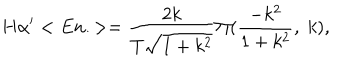
H \alpha ^ { \prime } < E n . > = \frac { 2 k } { T \sqrt { 1 + k ^ { 2 } } } \Pi ( \frac { - k ^ { 2 } } { 1 + k ^ { 2 } } , \; k ) ,